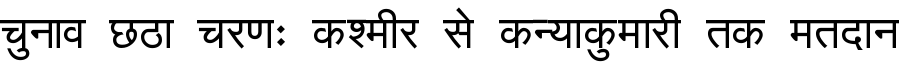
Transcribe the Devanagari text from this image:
चुनाव छठा चरणः कश्मीर से कन्याकुमारी तक मतदान